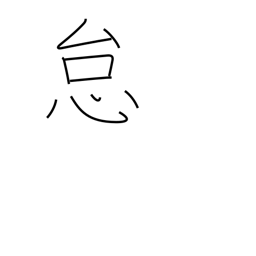
Meaning: laziness